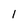
Character: l